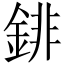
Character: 䤵